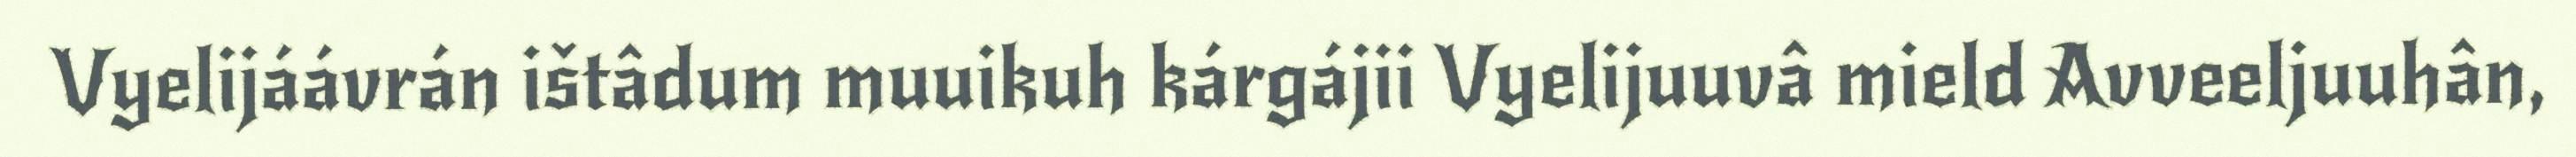
Vyelijáávrán ištâdum muuikuh kárgájii Vyelijuuvâ mield Avveeljuuhân,